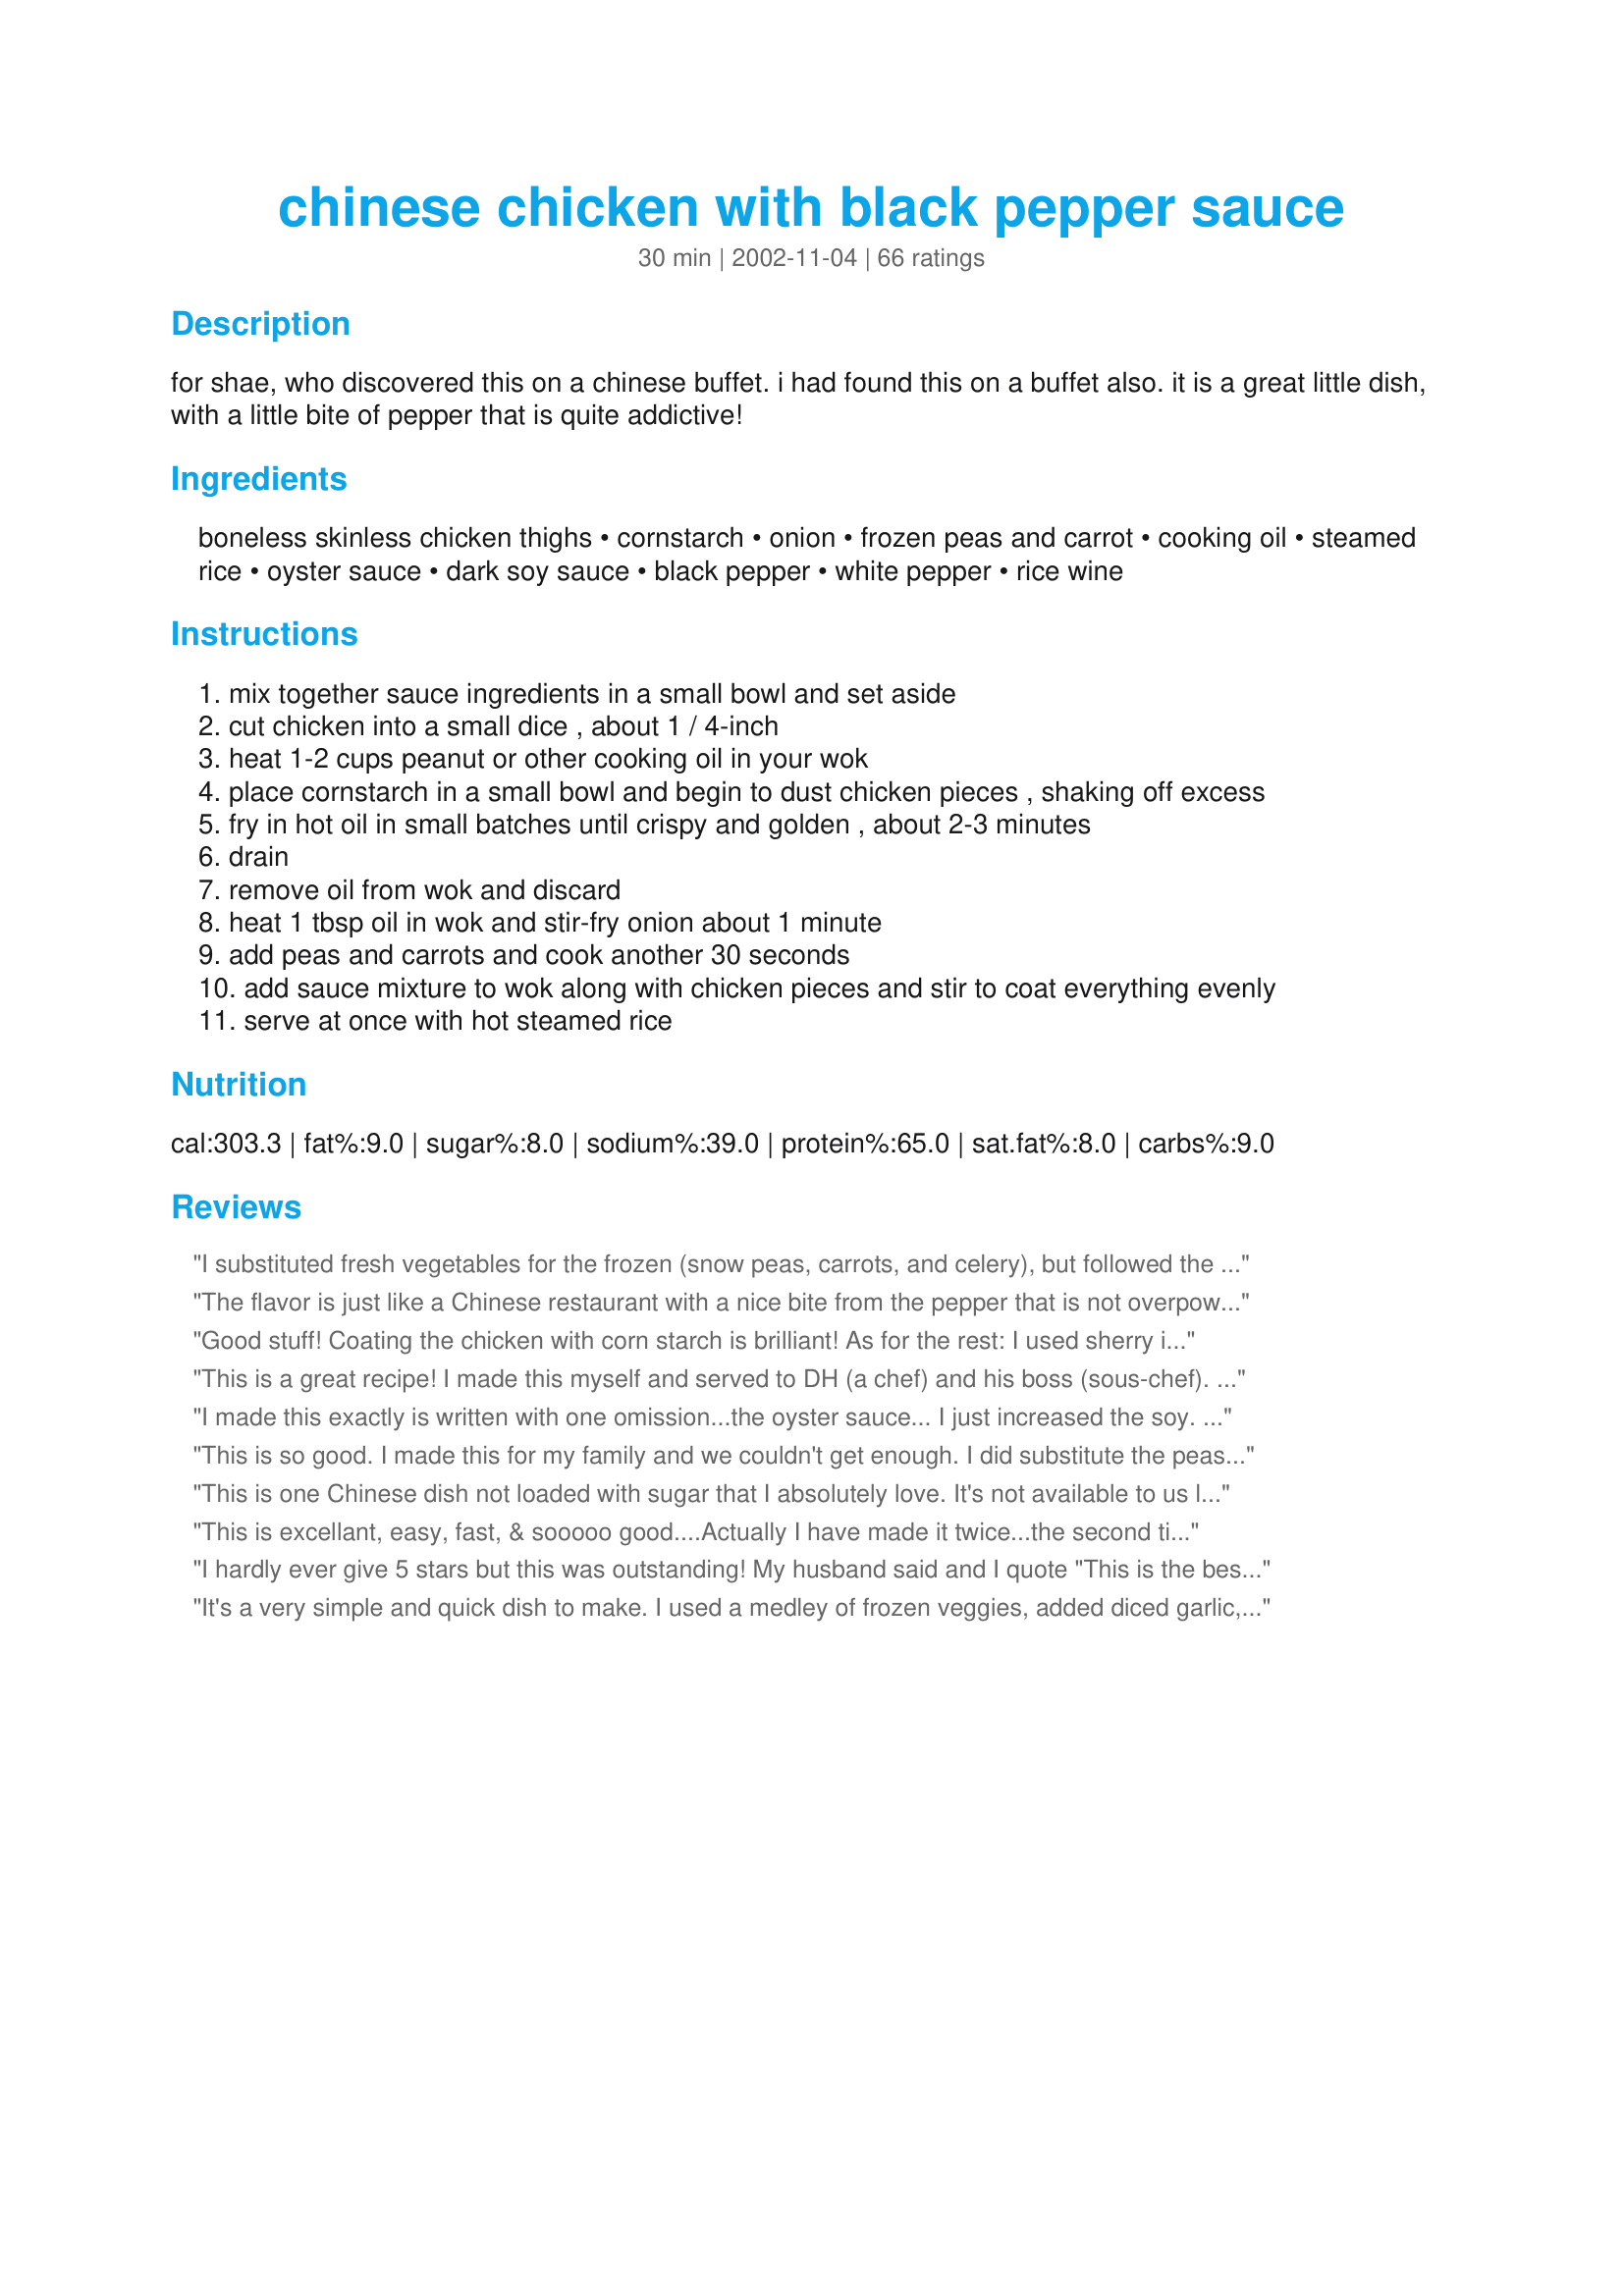
chinese chicken with black pepper sauce
Preparation time: 30 minutes

for shae, who discovered this on a chinese buffet. i had found this on a buffet also. it is a great little dish, with a little bite of pepper that is quite addictive!

Ingredients:
boneless skinless chicken thighs, cornstarch, onion, frozen peas and carrot, cooking oil, steamed rice, oyster sauce, dark soy sauce, black pepper, white pepper, rice wine

Steps:
mix together sauce ingredients in a small bowl and set aside
cut chicken into a small dice , about 1 / 4-inch
heat 1-2 cups peanut or other cooking oil in your wok
place cornstarch in a small bowl and begin to dust chicken pieces , shaking off excess
fry in hot oil in small batches until crispy and golden , about 2-3 minutes
drain
remove oil from wok and discard
heat 1 tbsp oil in wok and stir-fry onion about 1 minute
add peas and carrots and cook another 30 seconds
add sauce mixture to wok along with chicken pieces and stir to coat everything evenly
serve at once with hot steamed rice

Reviews:
I substituted fresh vegetables for the frozen (snow peas, carrots, and celery), but followed the recipe other than that. It tasted great....will definitely be making this again.
The flavor is just like a Chinese restaurant with a nice bite from the pepper that is not overpowering. I stir-fried the chicken instead of deep frying. I also substituted rice vinegar for the rice wine. I served this with rice noodles instead of rice. Next time I would double the sauce ingredients so that I could stir fry everything together including the noodles.
Good stuff! Coating the chicken with corn starch is brilliant! As for the rest: I used sherry instead of rice wine and used bean sprouts instead of peas (they needed to get used up). Very good results.
This is a great recipe! I made this myself and served to DH (a chef) and his boss (sous-chef). They both loved it. I couldn't I had impressed these pros. A million thanks!
I made this exactly is written with one omission...the oyster sauce... I just increased the soy. I will DEFINATELY buy some before I make it again, because I think it is the flavor that was missing. This was delicious even without it! I used a combination of thighs and breast, and I liked the combo for this dish. My entire family loved it. Thanks for posting!
This is so good. I made this for my family and we couldn't get enough. I did substitute the peas and carrots for mushrooms, but otherwise followed your recipe. Thank you so much , we LOVED it.
This is one Chinese dish not loaded with sugar that I absolutely love. It's not available to us locally, so I decided to try this recipe out. I've made many Chinese dishes at home, which are never quite as good as the restaurant version. This dish taste exactly like its supposed to taste. I did reduce the amount of pepper because it was a little too spicy, but OMG it's delicious! And it's super easy to make. Thank you for sharing!
This is excellant, easy, fast, & sooooo good....Actually I have made it twice...the second time using broccolli which lends itself to this very well. Either way the dish is flavorful & perfect.
I hardly ever give 5 stars but this was outstanding! My husband said and I quote "This is the best dinner you have made in a long time" I did not use peas and carrots, I used one red bell pepper and 2 celery stalks along with the onion. I doubled the sauce and was glad I did, even doubled it could have used more. Served on a brown rice and orzo pilaf. Excellent.
It's a very simple and quick dish to make. I used a medley of frozen veggies, added diced garlic, and used more pepper(we love peppper). Delicious!
Really enjoyed this bountiful cuisine. Took some notes from other chefs and cancelled out the carrots. Added snow peas, celery and red bell pepper. DELISH! I chose boneless skinless breasts vs thighs (more Thai than Chinese). Next time, I&#039;ll NOT batter my chicken w/cornstarch however. This is was M-E-S-S-Y! I really didn&#039;t care for the crispiness of the chicken, or the presentation. The flavor was bang on tho! Fresh coarse cracked pepper, and a heavy hand made, made for some serious awesomeness! Thank you for sharing...I can&#039;t wait to make it again :)
Excellent, quick and easy recipe. I had slightly more chicken that the recipe stated so I doubled the sauce. I also used yellow capiscum (pepper) instead of carrots, just personal preferance. Thanks Sue L for another great recipe that I will use often.
Very good, I do think next time I will increase the sauce a bit. Ate the leftovers for breakfast this morning!
My husband and I recently tried this at a Chinese buffet we stopped at while traveling. We both loved it and I couldn't wait to get home to check Zaar for a recipe. Wow! This is it! As did some of the other reviewers, I stir fried the chicken instead of frying and cut the onion in wedges because we both prefer it that way. Also, that's how it was on the Chinese buffet we ate at. The sauce is just perfect, but in my opinion,not nearly enough, so I doubled the sauce ingredients for us. We will most definitely be making this one again.
YUMMY and very easy to make. Instead of a peas and carrots, I used broccoli, green bean, and mushrooms. I also used lite soy sauce too. The end result: DELICIOUS!
Wow - yes addictive - yes wonderful- yes I'll do this again~~~~~
I too, stir fried the chicken (Used skinless breasts) I did add 1 tsp blackbean sauce and 1 tsp Hoisin. The recipe is easy to make, clear step by step instructions and very attractive to look at. Thanks SueL for another gourmet meal
Just made this for dinner. Very very yum. Will make again for sure
I used onions, broccoli and pea pods in mine instead of the other veggies. This is an awesome recipe that won over my whole family. They told me they felt it was even better than our local restaurant. I will make this often and I am sure it will be totally enjoyed each and every time!
It disappeared before I could get my second helping!! I didn't have the rice wine/saki, but I can't imagine how it could be any better. My dh did suggest adding water chestnuts next time, because he likes the extra crunch.
We were trying to re-create a dish from our local Chinese restaurant before it changed owners. This is close, but something is still missing. I personally hate carrots and peas in chinese food (too easy to chuck in I think), and as we ate, we decided it was maybe it was missing celery which adds such a distinctive flavour. I can't imagine any Chinese recipe asking for the chicken to be cut in 1/4 inch dice-ours tonight was about 1 inch, and this dish needed about double the sauce, otherwise it was "almost" there. I took a photo, but when someone else takes a more representitive photo, don't hesitate to post it :-)
I used more peas and carrot, a little bit more rice wine and oyster sauce to coat everything. And it was really wonderful. Thanks, Sue!
This was delicious. I did diddle with it a little. I doubled the sauce as per the reviews(Thank You) I used snowpeas and red pepper as the veggies. I added some honey as well just to suit our tastes. I will be making this often.
I made this on the day we had a huge blizzard, and my husband had been shoveling for a few hours. When he finished showering, the dish had just finished, and he ate just about the whole thing! It was perfectly peppery, and the thighs are his favorite part of the chicken. I followed the directions to a tee, and felt like I was in my own Chinese restaurant--smelled so good, too. We will make this again, perhaps doubling it, since I think my husband was disappointed when it was 'all over'. :)
This is such a nice recipe by itself. Quite easy too. :D Thank you Sue for sharing! &lt;br/&gt;&lt;br/&gt;Like many others, I used a medley of (frozen) veggies and just cooked for slightly longer. I also took the advice and sliced/wedged my onion pieces. &lt;br/&gt;&lt;br/&gt;I can imagine it would be tasty with using some fresh bell peppers too. I wish I went heavier on the vegetables though, because the dish is on the heavier side (that yummy sauce!). Saved for next time!
Sorry, I didn't care for the sauce at all.
So good. I didn't fry the chicken, I sauteed it until cooked, removed the skin and diced it. I also omitted the onion and carrots with peas and replaced them with onion powder, mushrooms and sugar snap peas. I served it over brown rice and my husband loved it. I love the kick of the peppers and the sauce was perfect. Will make again!
What a great kick in this recipe. Thanks.
Graet sauce! I doubled it and cut up 7 whole chicken breasts, and a 16 oz stir fry vegetables. I forgot the onion,,,I'll def put it next time. Thank you!
The only reason for not giving 5 stars is because I didn&#039;t follow the directions completely. I dislike it when people rate a recipe with 5 stars only after they&#039;ve tweaked it so much it no longer resembles the original recipe.&lt;br/&gt;&lt;br/&gt;I followed the directions for the sauce. The sauce was good. Nice pepper kick. I didn&#039;t think it was going to be enough sauce but it was. &lt;br/&gt;&lt;br/&gt;I didn&#039;t coat or fry the chicken. I just used a plain chicken breast.&lt;br/&gt;&lt;br/&gt;The only thing I would do for the sauce is add a little (2 - 4 Tablespoons) stock or water to mellow out the oyster sauce flavor and make it a little more saucy.
Really authentic flavour. I added a little chicken stock for a bit more sauce.

A fab quick meal,my husband loved it too.
A winner! I will defintly be making this one again. I added snow peas instead of the other vegies ~ would also be nice with some honey or beef. If you like Asian food, I reccomend this dish.
Absolutely 5-star, restaurant quality meal! I had slightly more than 500g (1 lb) chicken, and I increased the sauce by 1/2 which was plenty. I used sweet sherry instead of rice wine and fresh vegetables (julienned carrot, red capsicum and onion and broccoli florets) instead of frozen. I shallow fried the chicken in about 1/2" of vegetable oil, flavoured with a splash of sesame oil. I'm not keen on super hot food. But I used 2 1/2 teaspoons of black pepper and 3/4 teaspoon of white and didn't find this particularly hot at all. Absolutely first rate recipe!
This was very good. The only thing I did different is I added some fresh ground black pepper to the cornstarch before I fried it. And I used green onions (scallions) instead of regular, and fresh pea pods and fresh grated carrots. Excellent! I truly loved the sake/rice wine in this. I had never used it before, and I am glad I did. When I added my pea pods and carrots to the wok, I did put in a little more sake to steam the veggies a little more. Next time, though, I am going to stir fry the chicken, just for the fact that I'm not really a fan of deep frying, but wanted to make the recipe as close to the original as possible. I was a little skeptical over what I thought was a small amount of black pepper, but the white pepper gives it a good kick. Thanks Sue L for recreating this recipe for your friend Shae, and for us to enjoy!!!!!!!
Got a thumbs up from my sister who is a picky eater. Made twice in as many weeks. The browned bits of onion and carrot were great. Might want to double the sauce if you like extra sauce for your rice. I served it with fried rice, so it was not necessary.
I made this for dinner tonight and it was absolutely delicious! I did double the sauce ingredients- this will become a regular on our menu...yummy!!
this was SOOOOOOO GOOOOD!
for the veggie, i used sliced onion and shredded cabbage. i did add grated ginger and chopped garlic, and i loved the enhanced flavor. i also stir fried the chicken, and topped it all off with chopped green onion. this is the easiest authentic tasting chinese dish i have made yet! i served this with brown rice....YUM!
Sue has re-created my favorite dish from a local chinese buffet with this recipe. I will admit, Asian cooking is mysterious to me and I couldn't imagine "my dish" coming out of these ingredients...but Sue obviously knows what she is doing!! These tender chicken bites have an awesome rich peppery flavor with just a hint of sweetness. I like to slice the onion in long pieces because when you get a bite of onion with the chicken it gives it an extra surprise!! I can't even begin to tell you how wonderful this dish is...you are just going to have to try it! Sue, thanks for all your hard work and coming up with this to-die-for recipe that will be made in this house often! :)
I didn't use near as much cornstarch and lightly sauteed the chicken. Added lots of veggies near the end.
This was excellent and so easy to make. I love pepper and this dish did not disappoint. I did substitute the carrots and peas for red bell pepper, baby bok choy and snow peas, I doubled the sauce and served with fried rice. I will definately be making this again! Thanks Sue!
We doubled the sauce and used onions, broccoli, and a red pepper. I used flour on the chicken which thickened the sauce so I added some water to thin slightly. The flavor was delicious - the broccoli soaked up the sauce. We will make again!
Last night i make it its taste so awesome. Share with you link http://sooperchef.blogspot.com/2017/07/black-pepper-chicken-recipe-sooperchef.html
Great recipe! Only added minced garlic and subbed coconut aminos for soy sauce. Worked great with chicken tenderloins! Yummmm!
Delicious! I added a clove of garlic, used peanut oil, and dry sherry instead of rice wine. For vegs I used a green pepper, two celery stalks, and 1/2 can of water chestnuts.
First, the cons: - This took me quite a long time to make, mainly from the deep frying. - I found this to be a little salty (from the soy sauce and oyster sauce) - A bit messy to clean up after (not too bad though). And now the pros: - Tasted and visually looked like restaurant quality - The chicken was the star of the show, and I love how simple it was to make that style of chicken. Notes for future: I always make the mistake of cutting onions too small for Chinese-style cooking. Will make bigger in the future. I may also want to swap out the carrot mix for something like brocolli flourets in the future. Also, I think this dish would be great with a sweet lemon type sauce or honey garlic sauce!
We used onion, yellow peppers, sugar snap peas, and brown rice and really liked the combination. The sauce was great but next time I'd scale back a little on the pepper.
Excellent - my sons loved it. The first time I made it I found it a liitle dry and the chicken underseasoned. So what I do differently is to marinade the chicken for about 15 minutes in some soy sauce and rice wine before stir frying. I also double the sauce. I used cabbage and julienne carrots as the veg component. It's really a delicious dish. Thanks
Great better than my local chinese will def be making again
We loved this recipe. We used fresh snow peas and julienne'd carrots for our veggies and I used soy sauce instead of oyster sauce because I didn't check my cupboards before I left for the store. I left out the white pepper as personal preference. Doubled the sauce as suggested by others. This was a fantastic recipe! Definitely going in our meal rotation!
fantastic dish!! instead of peas and carrots i used red bell peppers, bok choy, ginger, serrano peppers, szchechuan peppercorns and garlic. i like to top dish off with chopped peanuts and sliced green onions. i've also made this using tempura batter in place of the cornstarch and dropping the chicken into my deep fryer in 2 batches. thanks for another 5 star recipe, sue!!
My wife and I were huge fans of this dish at a restaurant in the city we used to live in.. now that we've moved away we were desperate to find a recipe so we could make it ourselves. Thanks this is delicious. Use fresh vegetables including zuccini, quartered mushrooms and green and red peppers along with the onions for a "fresher" taste. You can also skip the cornstarch and just stir fry the chicken without a coating and its just as good.
Finally got around to trying this dish. My daughters rather enjoyed it. Thank you for posting.
I'm a big fan of black pepper so I really enjoyed this dish. I also added a little more peas and carrots. This a very easy dish to prepare but good enough for a "company" meal.
Wow, I was impressed, not only was it delicious, but easy to prepare as well and that is definately a bonus! I did stir-fry the chicken mixture in a bit of olive oil until browned instead of deep frying. I also use a small pkg of frozen stir-fry vegetables instead of peas and carrots. I also cut my onions in wedged pieces. The sauce was perfect with the right blend of seasonings.
Sue L., this recipe has encouraged me to create the Panda Express copy-cat of Orange Chicken, using the methods I have learned from your recipe. I will let you know if it works out. The family loved it! Thanks!
I added red bell pepper, baby bok choy and several whole garlic cloves which made for a lovely color combination and extra flavor. I also used skinless boneless chicken tenders diced. It was amazing, thanks!
I tried this recipe last week for my little one. It tastes really yummy. Have added the black pepper oleoresin lends a rich color, taste, and flavor to the food and the required dosage gives it a standardized taste and consistency just like the natural whole pepper. And the best part is it saves time without losing the flavor.
Here's one more 5 start rating! I used green and yellow peppers, celery, and broccoli. I doubled the sauce and with all those veggies I could have tripled it and been fine. I stir-fried my chicken in sesame oil instead of deep frying it. I've never had this in a restaurant before, but it sure tasted like restaurant quality, even with so few ingredients. I'll make this again for sure!
We'd never tried this before, never used oyster sauce and certainly never eaten anything with this much pepper in it. LOVED IT. I doubled the sauce, and used asian leafy greens and julienned carrots instead of the peas and carrot. I didn't have rice wine so threw in a dash of normal dry white wine. Stirfried the chicken first in very little oil. So simple, so quick, so tasty. This will be made again in our home. EDITED TO ADD: The leftovers, cold, were absolutely beautiful the next day so I am thinking of actually making this intentionally as a cold salad, for guests tomorrow.
This was very good. I added more peas and carrots cause I like em. Thanks for posting.
Man, this was tasty! I loved having the chicken all crispy. I doubled the sauce as many people suggested, and was very glad I did. I'm low on food items right now, so I used chicken breasts instead of thighs and regular soy sauce. Also, I'm out of rice, so I served this over buttered noodles with a little bit of garlic powder. Very tasty! I just bought my first bottle of Sake a few days ago, and so I used that, which just made me happy. :) Oh, and no onions, so I used broccoli and added some chopped garlic when I added the broccoli. As said before, this is very yummy and I most certainly will make it again! Thanks :)
AMAZING! This is just like the pepper chicken they serve on our local chinese buffet, and it's always been my favorite. I can't believe how perfectly it came out.. same texture & taste as the original. I did double the vegetables, and I didn't have any oyster sauce or sake, so I had to experiment with a lil' teriyaki sauce, water, lemon juice worchestshire, and some chicken broth. Still tasted great! Oh, and I also marinated the chicken pieces in some soy sauce before frying. The only negative thing I have to say is, after making crab rangoon and this dish in the same night, my house smelled like a chinese restaurant for a full day! heh..
Really good! I also stir-fried the chicken instead of deep frying it. I left out the onion and peas and carrots and added broccoli instead. I will be making this regularly. Thanks!
Wow! This was excellent! I had never even heard of this dish before, so I had no idea what to expect with regards to taste, but boy was this good! Very peppery - it made my nose run! :) The directions are clear and accurate and the finished product looked as good as it tasted. If you enjoy spicy foods, you will really enjoy this. NOTE: For health reasons, I chose to stir fry my chicken rather than deep fry it, and it still came out golden brown and slightly crispy, moist, and delicious. I will add this to my regular recipe list - what a great recipe. Thanks!
I enjoyed this a lot! I did make some changes, but I did not change the sauce which is where I think the real flavor and character of the dish lies. I went heavier on the vegetables (using fresh sugar snap peas, carrots, yellow squash & asparagus) and lighter on the meat (using chicken breast and shrimp). I don't deep fry so I just stir fried the coated meat. I served it all over soba noodles. I think you can put whatever you want in this. Both the sauce and method are excellent. Thank you!
Very delicious. Definitely double the sauce. I did not deep-fry the chicken...stir fry until crispy is fine.
L.O.V.E this recipe! I make this into a stir-fried dish & use brocolli & other vegetables (don't like peas). Husband & friends love it too!
My entire family was very disappointed in this recipe. The flavor was way off...sorry I wasted a pound of chicken and 1 1/2 hours of my evening making this meal. Thai is more my specialty, I'd better stick with that.
